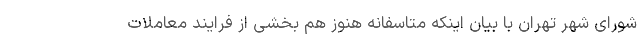
شورای شهر تهران با بیان اینکه متاسفانه هنوز هم بخشی از فرایند معاملات